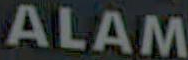
ALAM